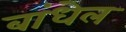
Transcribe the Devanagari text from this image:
बांधेल